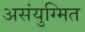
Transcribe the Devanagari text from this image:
असंयुग्मित